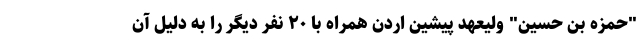
"حمزه بن حسین" ولیعهد پیشین اردن همراه با ۲۰ نفر دیگر را به دلیل آن